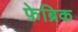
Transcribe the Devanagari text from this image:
फ़ेब्रिक